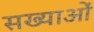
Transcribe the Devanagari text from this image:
सख्याओं